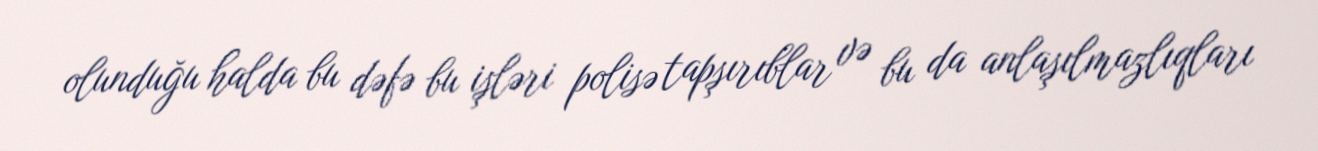
olunduğu halda bu dəfə bu işləri polisə tapşırıblar və bu da anlaşılmazlıqları